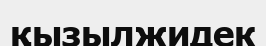
қызылжидек